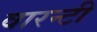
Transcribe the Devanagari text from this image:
वारन्टी